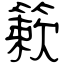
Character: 簌